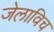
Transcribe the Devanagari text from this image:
जेलाविच